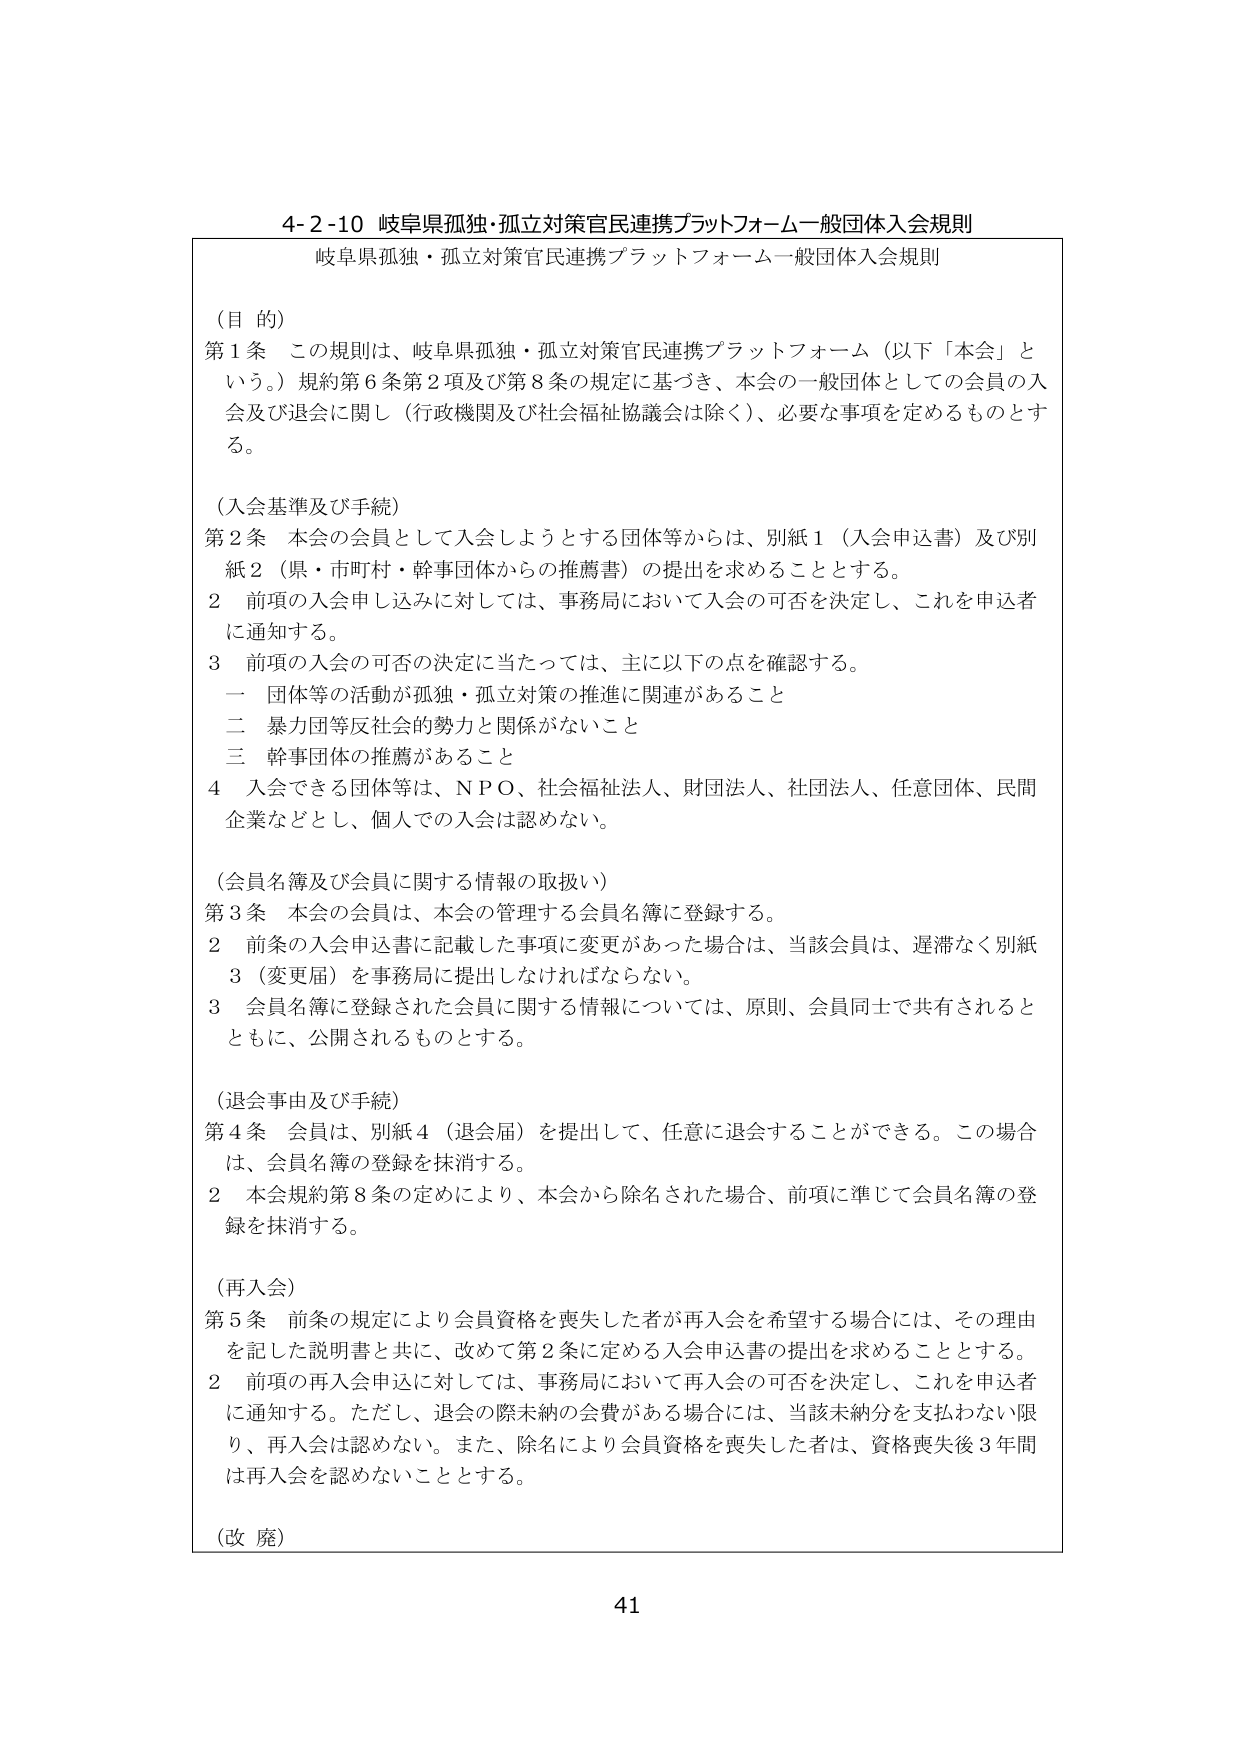
4-2-10 岐阜県孤独・孤立対策官民連携プラットフォーム一般団体入会規則
岐阜県孤独・孤立対策官民連携プラットフォーム一般団体入会規則

（目的）
第1条 この規則は、岐阜県孤独・孤立対策官民連携プラットフォーム（以下「本会」という。）規約第6条第2項及び第8条の規定に基づき、本会の一般団体としての会員の入会及び退会に関し（行政機関及び社会福祉協議会は除く）、必要な事項を定めるものとする。

（入会基準及び手続）
第2条 本会の会員として入会しようとする団体等からは、別紙1（入会申込書）及び別紙2（県・市町村・幹事団体からの推薦書）の提出を求めることとする。
2 前項の入会申し込みに対しては、事務局において入会の可否を決定し、これを申込者に通知する。
3 前項の入会の可否の決定に当たっては、主に以下の点を確認する。
　一 団体等の活動が孤独・孤立対策の推進に関連があること
　二 暴力団等反社会的勢力と関係がないこと
　三 幹事団体の推薦があること
4 入会できる団体等は、NPO、社会福祉法人、財団法人、社団法人、任意団体、民間企業などとし、個人での入会は認めない。

（会員名簿及び会員に関する情報の取扱い）
第3条 本会の会員は、本会の管理する会員名簿に登録する。
2 前条の入会申込書に記載した事項に変更があった場合は、当該会員は、遅滞なく別紙3（変更届）を事務局に提出しなければならない。
3 会員名簿に登録された会員に関する情報については、原則、会員同士で共有されるとともに、公開されるものとする。

（退会事由及び手続）
第4条 会員は、別紙4（退会届）を提出して、任意に退会することができる。この場合は、会員名簿の登録を抹消する。
2 本会規約第8条の定めにより、本会から除名された場合、前項に準じて会員名簿の登録を抹消する。

（再入会）
第5条 前条の規定により会員資格を喪失した者が再入会を希望する場合には、その理由を記した説明書と共に、改めて第2条に定める入会申込書の提出を求めることとする。
2 前項の再入会申込に対しては、事務局において再入会の可否を決定し、これを申込者に通知する。ただし、退会の際未納の会費がある場合には、当該未納分を支払わない限り、再入会は認めない。また、除名により会員資格を喪失した者は、資格喪失後3年間は再入会を認めないこととする。

（改廃）

41